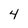
Character: 4